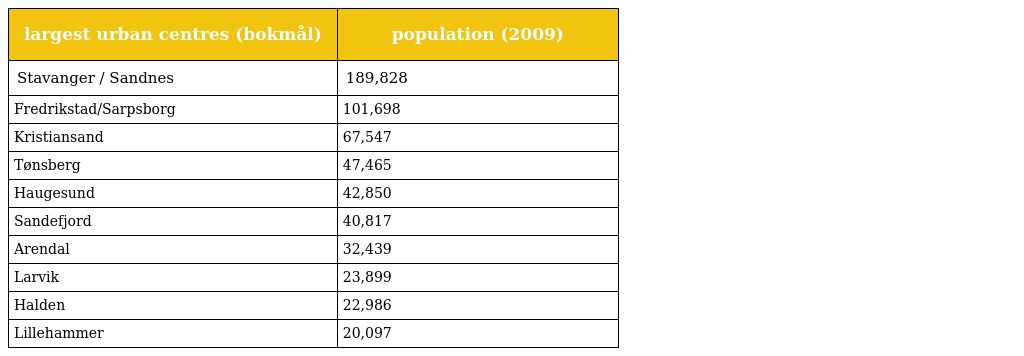
| largest urban centres (bokmål) | population (2009) |
 | --- | --- |
 | Stavanger / Sandnes | 189,828 |
 | Fredrikstad/Sarpsborg | 101,698 |
 | Kristiansand | 67,547 |
 | Tønsberg | 47,465 |
 | Haugesund | 42,850 |
 | Sandefjord | 40,817 |
 | Arendal | 32,439 |
 | Larvik | 23,899 |
 | Halden | 22,986 |
 | Lillehammer | 20,097 |